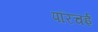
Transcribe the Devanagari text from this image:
परिचई